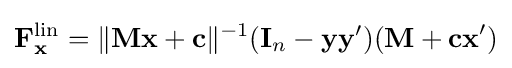
\mathbf {F} _{\mathbf {x} }^{\text{lin}}=\lVert \mathbf {Mx} +\mathbf {c} \rVert ^{-1}(\mathbf {I} _{n}-\mathbf {yy} ')(\mathbf {M+cx} ')